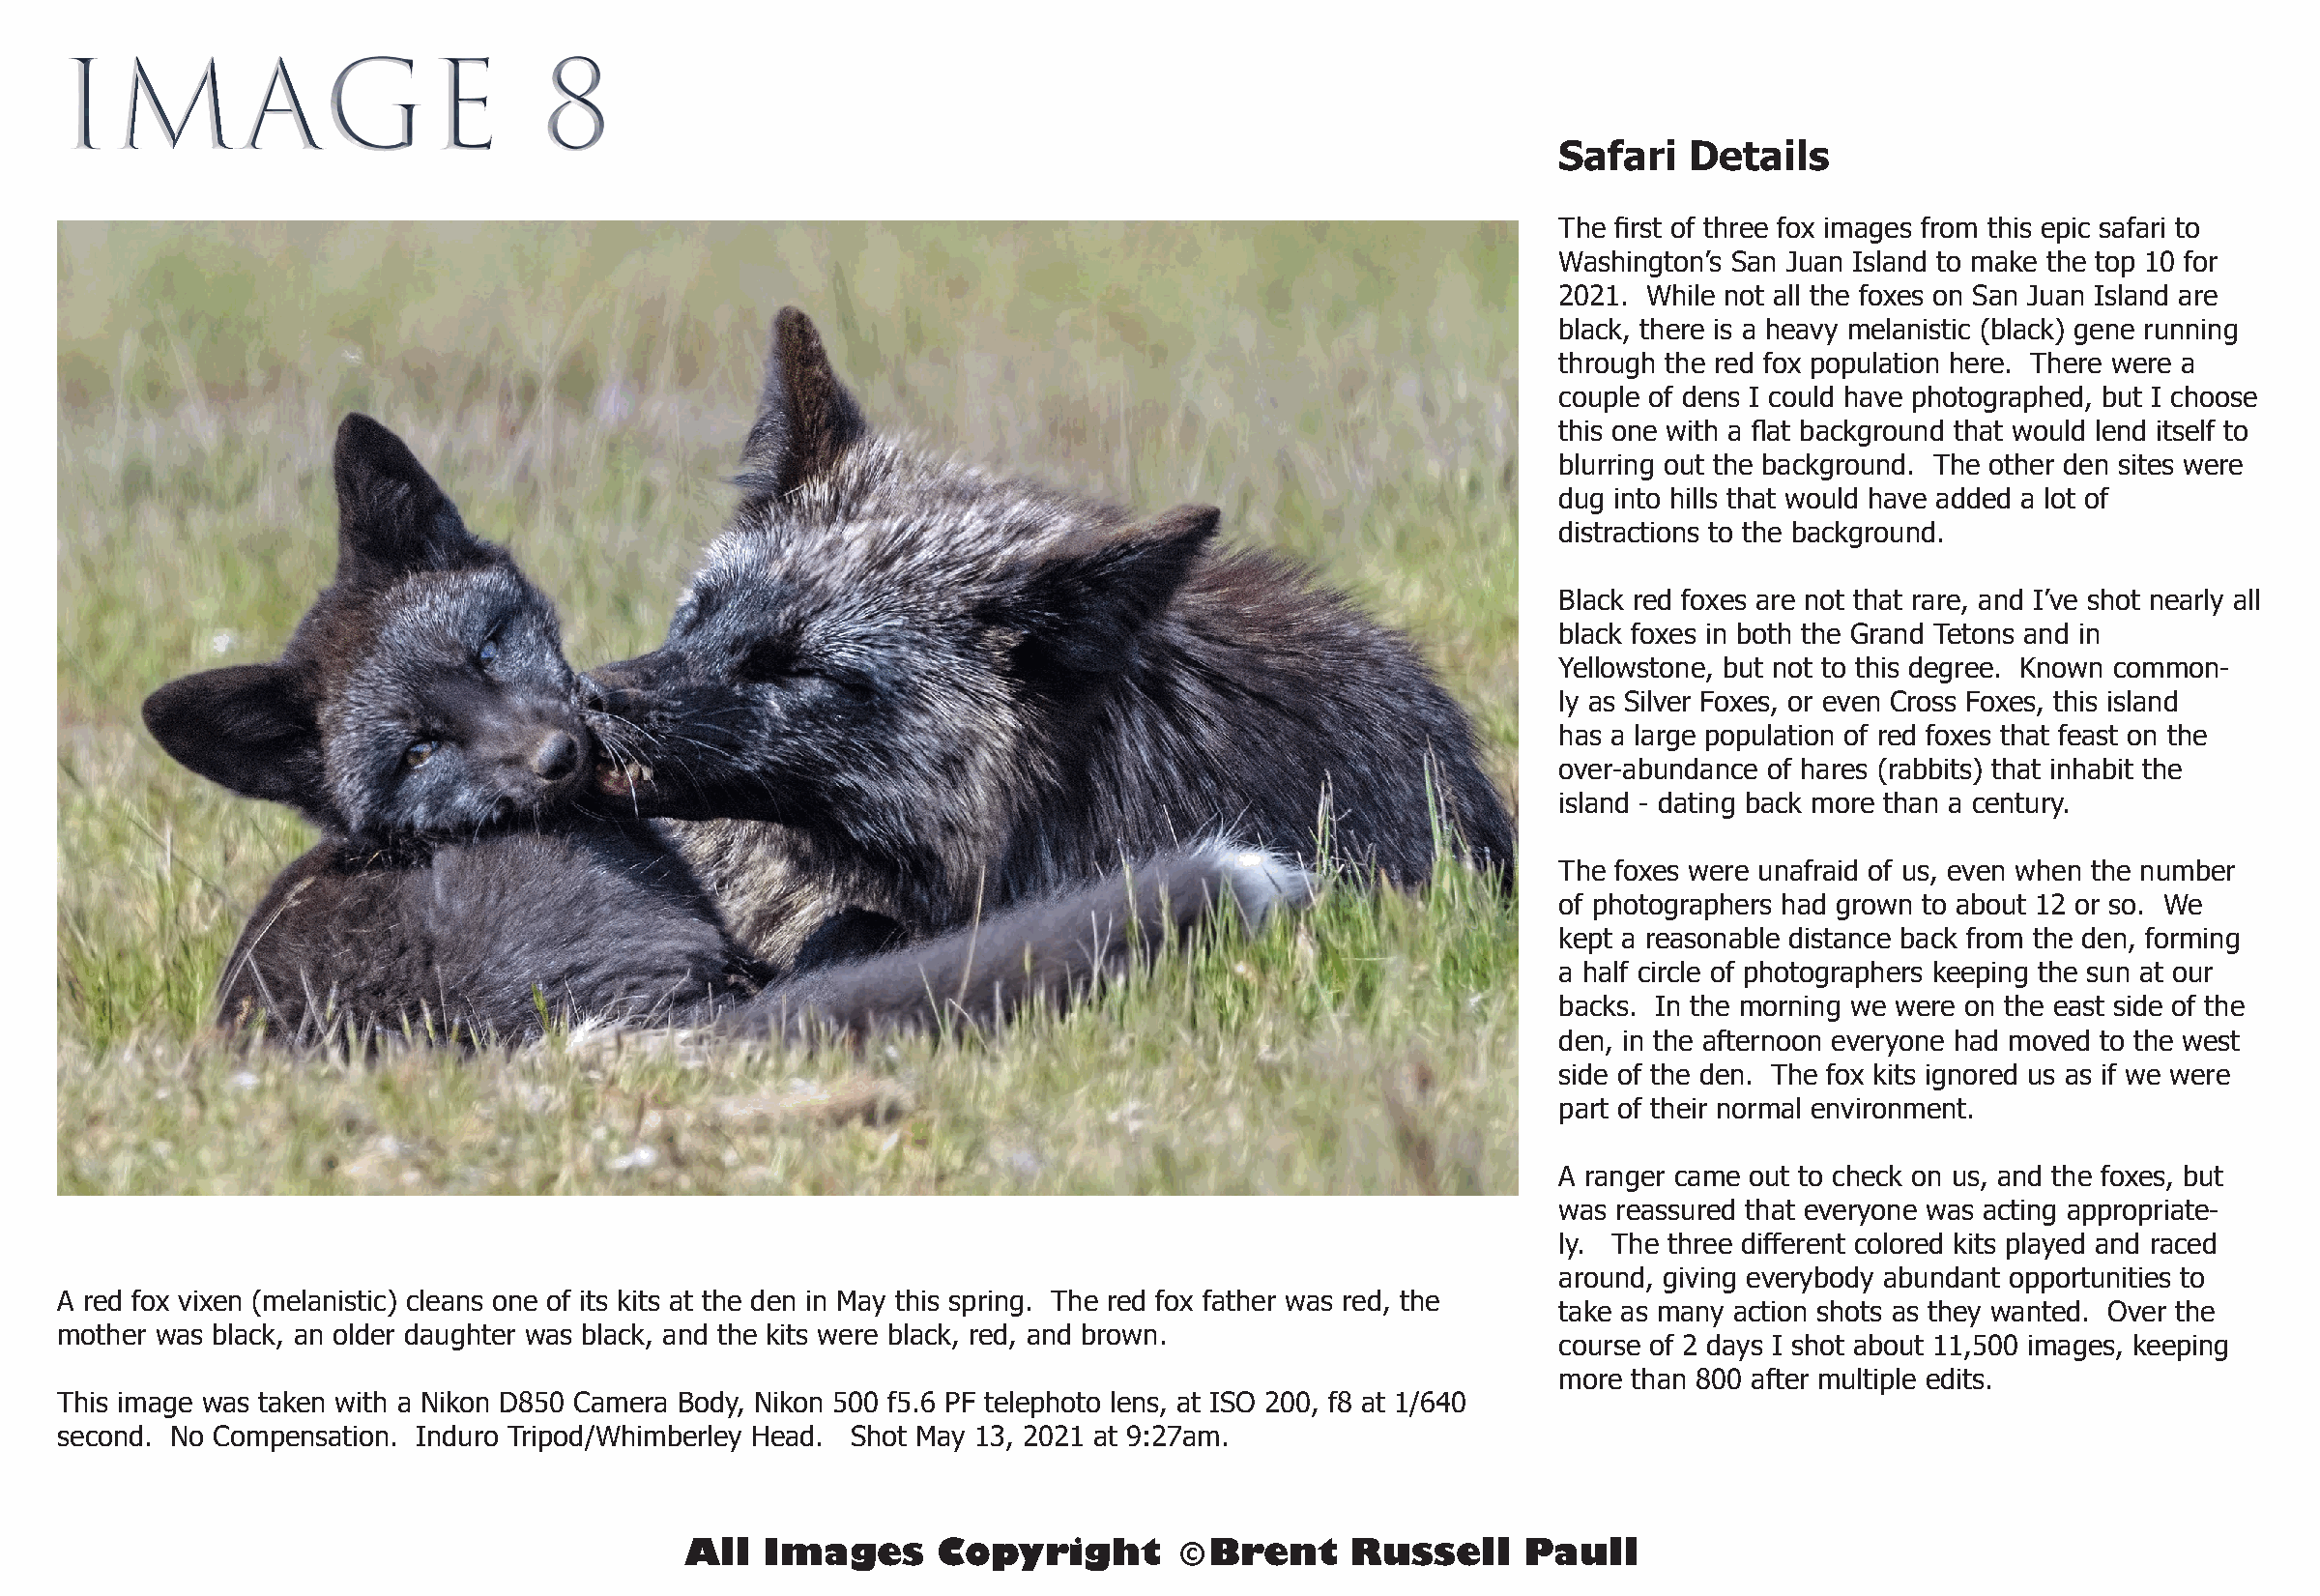
IMAGE                            8
 Safari   Details
 The first of three fox images from this epic safari to
 Washington’s San Juan Island to make the top 10 for
 2021. While not all the foxes on San Juan Island are
 black, there is a heavy melanistic (black) gene running
 through the red fox population here. There were a
 couple of dens I could have photographed, but I choose
 this one with a flat background that would lend itself to
 blurring out the background. The other den sites were
 dug into hills that would have added a lot of
 distractions to the background.
 Black red foxes are not that rare, and I’ve shot nearly all
 black foxes in both the Grand Tetons and in
 Yellowstone, but not to this degree. Known common-
 ly as Silver Foxes, or even Cross Foxes, this island
 has a large population of red foxes that feast on the
 over-abundance of hares (rabbits) that inhabit the
 island - dating back more than a century.
 The foxes were unafraid of us, even when the number
 of photographers had grown to about 12 or so. We
 kept a reasonable distance back from the den, forming
 a half circle of photographers keeping the sun at our
 backs. In the morning we were on the east side of the
 den, in the afternoon everyone had moved to the west
 side of the den. The fox kits ignored us as if we were
 part of their normal environment.
 A ranger came out to check on us, and the foxes, but
 was reassured that everyone was acting appropriate-
 ly. The three different colored kits played and raced
 around, giving everybody abundant opportunities to
 A red fox vixen (melanistic) cleans one of its kits at the den in May this spring. The red fox father was red, the
 take as many action shots as they wanted. Over the
 mother was black, an older daughter was black, and the kits were black, red, and brown.
 course of 2 days I shot about 11,500 images, keeping
 more than 800 after multiple edits.
 This image was taken with a Nikon D850 Camera Body, Nikon 500 f5.6 PF telephoto lens, at ISO 200, f8 at 1/640
 second. No Compensation. Induro Tripod/Whimberley Head. Shot May 13, 2021 at 9:27am.
 All  Images      Copyright        © Brent     Russell    Paull